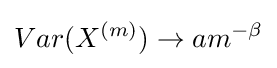
Var(X^{(m)})\to am^{-\beta }